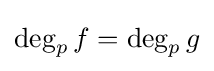
\deg _{p}f=\deg _{p}g